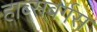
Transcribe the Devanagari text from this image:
हाब्सबर्गस